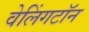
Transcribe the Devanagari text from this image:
वेलिंगटॉन